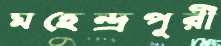
মহেন্দ্রপূরী